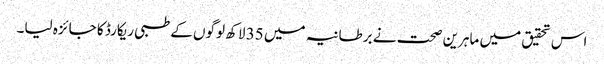
اس تحقیق میں ماہرین صحت نے برطانیہ میں 35 لاکھ لوگوں کے طبی ریکارڈ کا جائزہ لیا۔